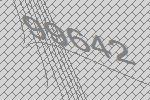
99642